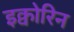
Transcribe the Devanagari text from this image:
इक्वोरिन